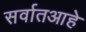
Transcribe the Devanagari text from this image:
सर्वातआहे